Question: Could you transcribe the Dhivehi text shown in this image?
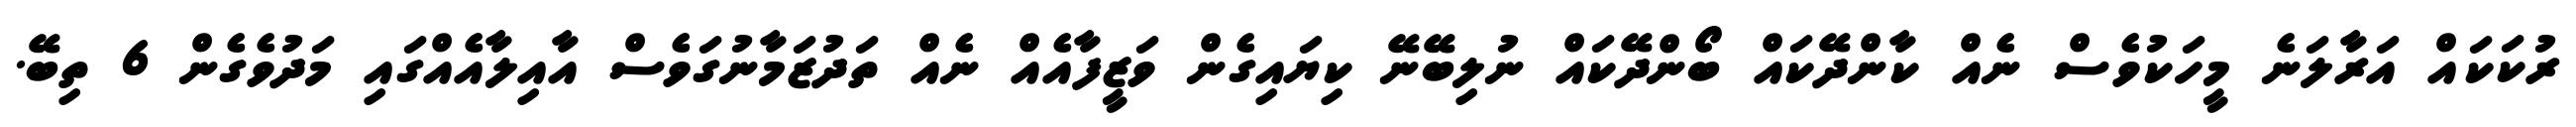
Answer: ރުކަކައް އަރާލަނެ މީހަކުވެސް ނެއް ކާންދޭކައް ބޯންދޭކައް ނުލިބޭނޭ ކިޔައިގެން ވަޒީފާއެއް ނެއް ތަދުޒަމާނުގަވެސް އާއިލާއެއްގައި މަދުވެގެން 6 ތިބޭ.